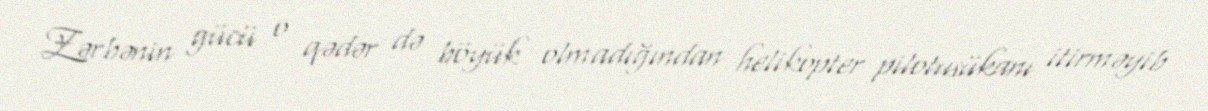
Zərbənin gücü o qədər də böyük olmadığından helikopter pilotusükanı itirməyib